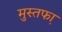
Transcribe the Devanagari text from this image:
मुस्तफा़